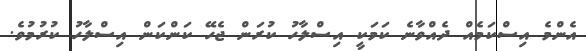
އެންމެ އިސްކަމެއް ދެއްވާނެ ކަމަކީ އިސްލާހު ކުރަން ޖެހޭ ކަންކަން އިސްލާހު ކުރުމުވެ.